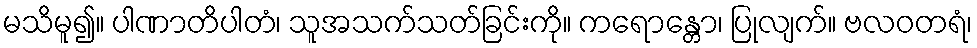
မသိမူ၍။ ပါဏာတိပါတံ၊ သူအသက်သတ်ခြင်းကို။ ကရောန္တော၊ ပြုလျက်။ ဗလဝတရံ၊